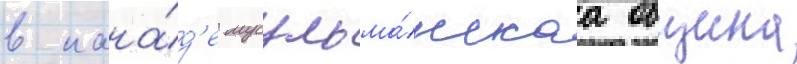
в кана́д'е мусульма́нскаа община